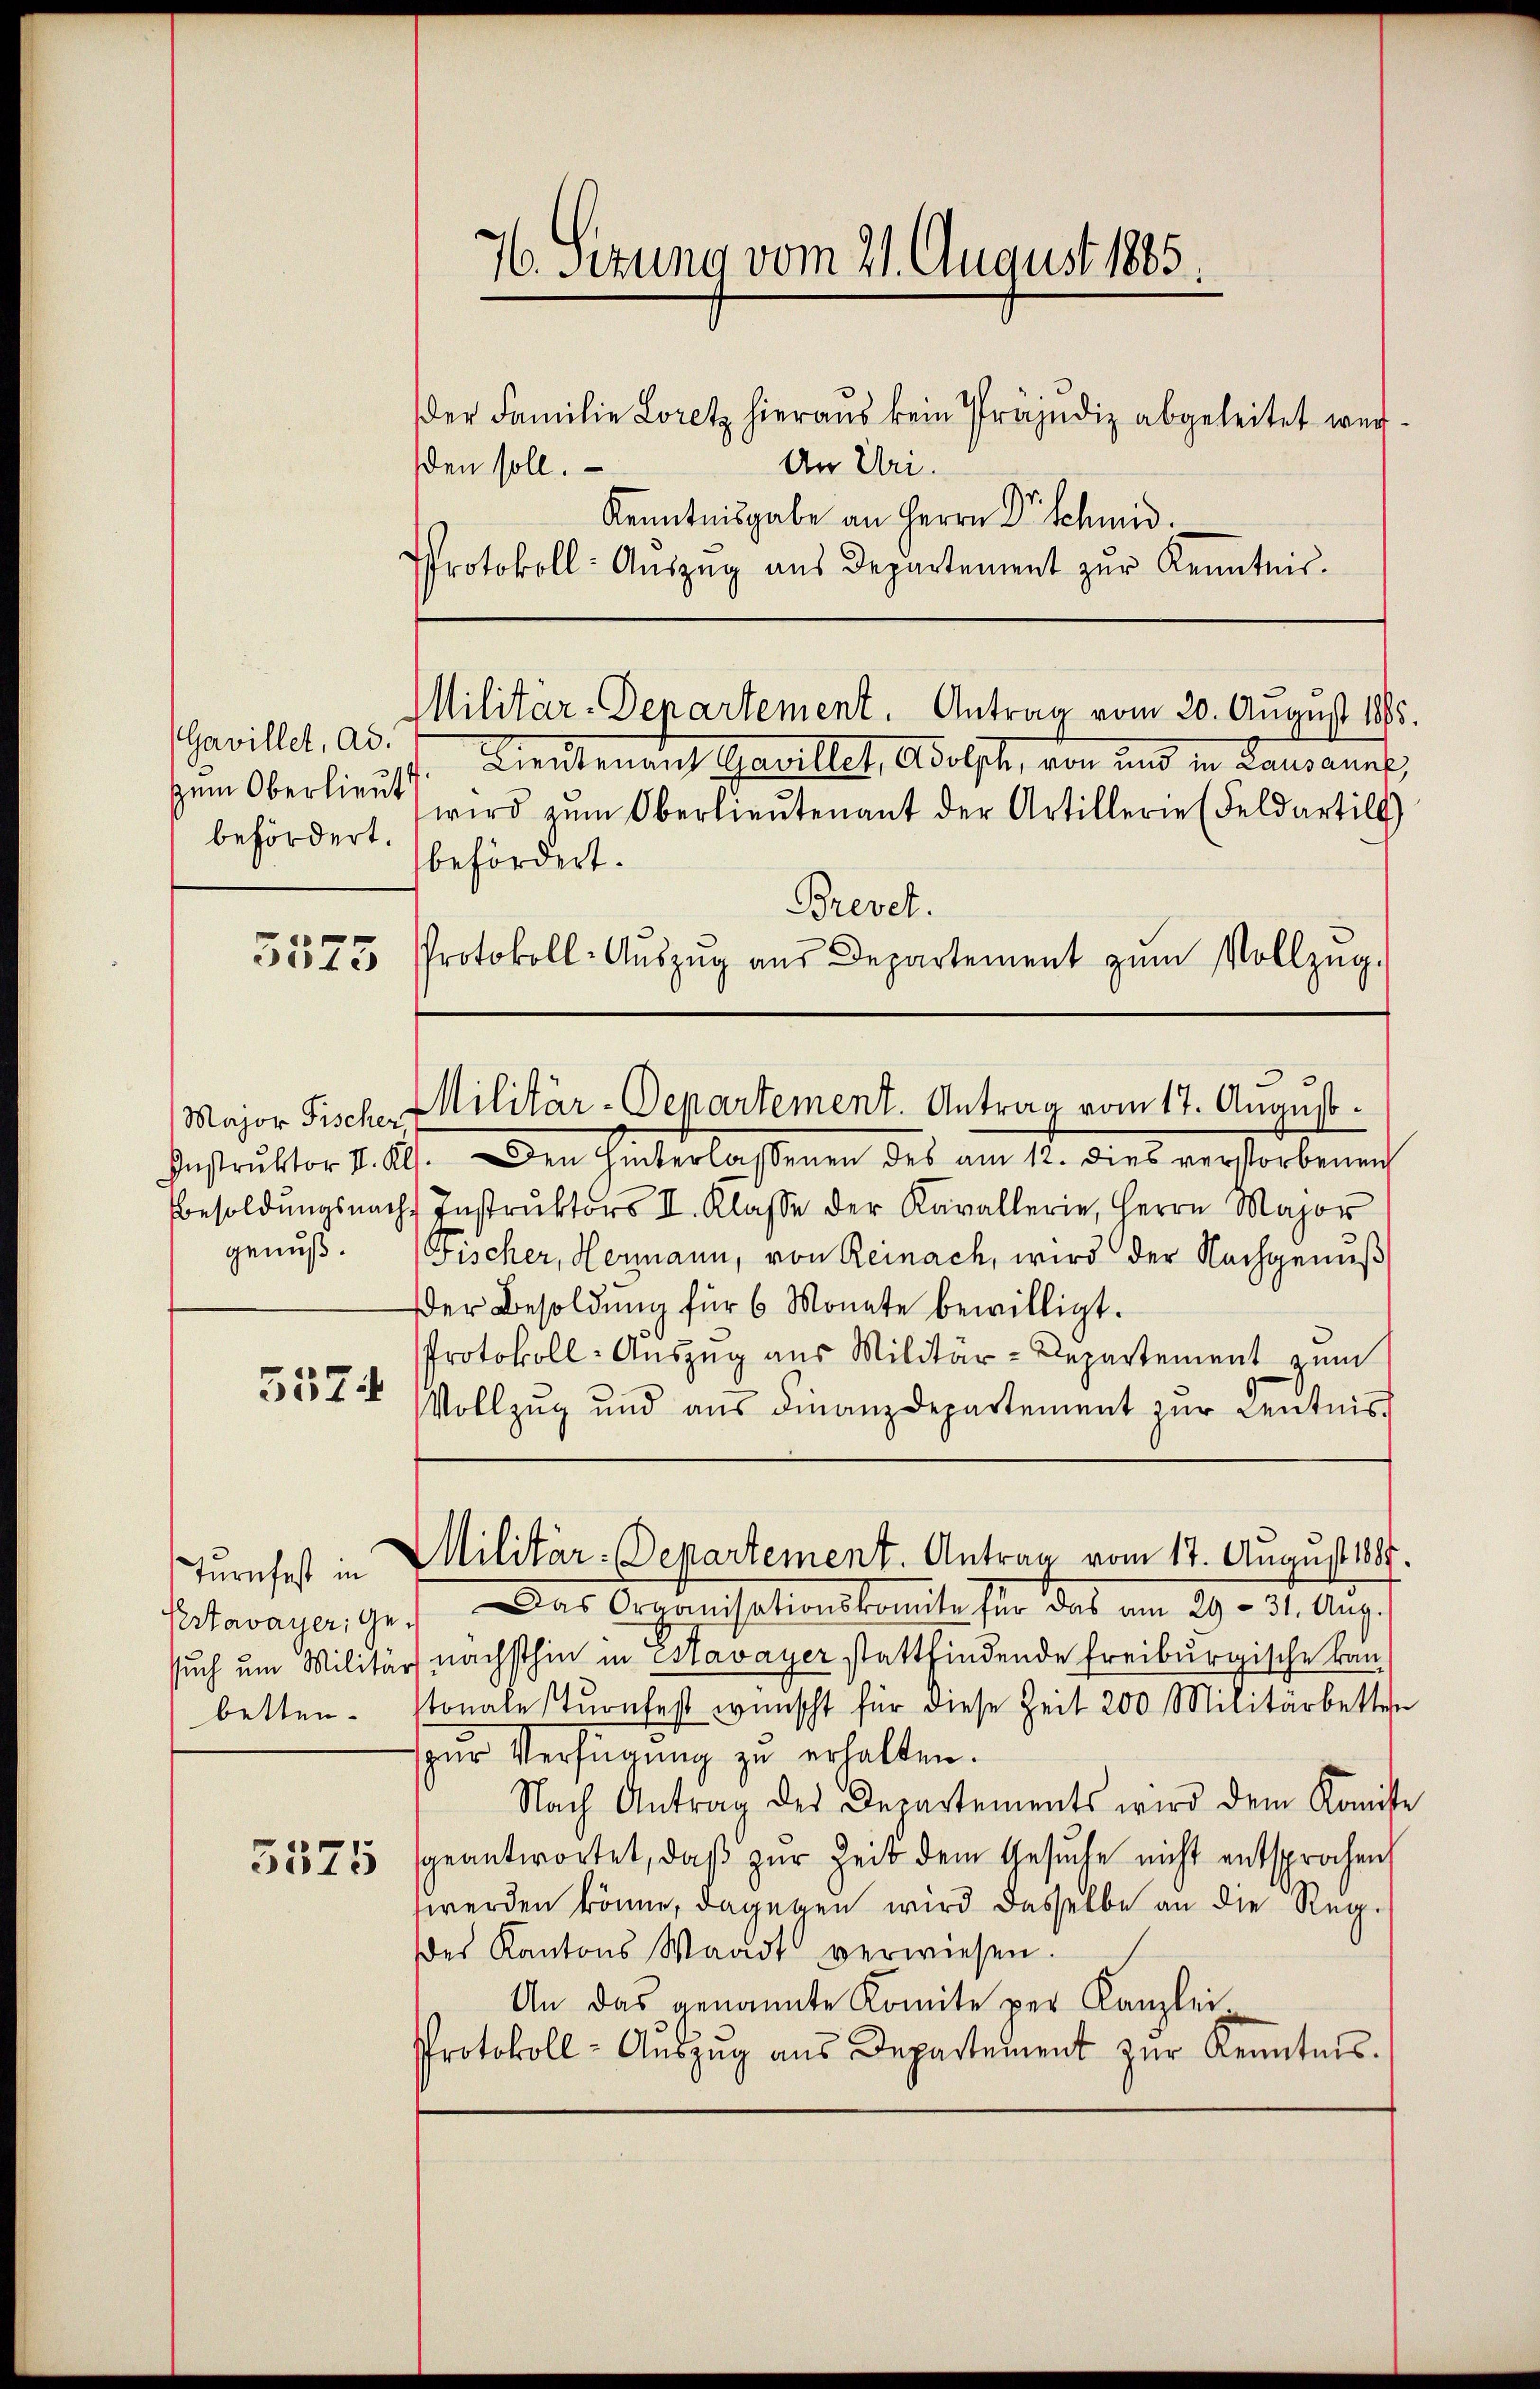
(Gavillet, ad.
zum Oberlieut
befördert.

e
defe

Major Fischer,
Instruktor II. Kl
Besoldungsnachgenuß.
5574

Turnfest in
Estavayer, Gesuch um Militär
betten.

5575

Kenntnisgabe an Herrn Dr Schmid.
Protokoll- Aŭszŭg aŭs Departement zur Kenntnis.

76. Sezung vom 21. August 1885.
der Familie Loretz hieraus kein Präjudiz abgeleitet wer
An U.
den soll.

Militär-Departement. Antrag vom 20. August 1895.
Kreutenauf Gavillet, Adelsch, von und in Lausannt,

wird zŭm Oberlieŭtenant der Artillerie (Feldartill
befördert.
Brevet.
Protokoll-Aŭszŭg aŭs Departement zŭm Vollzŭg.
). Den Hinterlassenen des am 12. dies verstorbenen
Instrŭktors II. Klasse der Kavallerie, Herrn Major
Fischer, Hermann, von Reinach, wird der Nachgenuß
Der Besoldŭng für 6 Monate bewilligt.
Protokoll-Auszug aus Militär-Departement zum
Vollzug und aus Finanzdepartement zur Kentnis
Militär-Departement. Antrag vom 17. August 1887.
Das Organisationskomite für das am 29 - 31. Aŭg.
nächsthin in Havayer stattfindende Freiburgische kan
tonale sturnfest wünscht für diese Zeit 200 Militärbetten
zŭr Verfügŭng zu erhalten.
Nach Antrag des Departements wird dem Komite
geantwortet, daß zur Zeit dem Gesuche nicht entsprochen,
werden könne, dagegen wird dasselbe an die Reg.
des Kantons Waadt verwiesen.
An das genannte Komite per Kanzlei.
Protokoll- Aŭszŭg aŭs Departement zŭr Kenntnis.

Militär-Departement. Antrag vom 17. August.